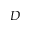
D